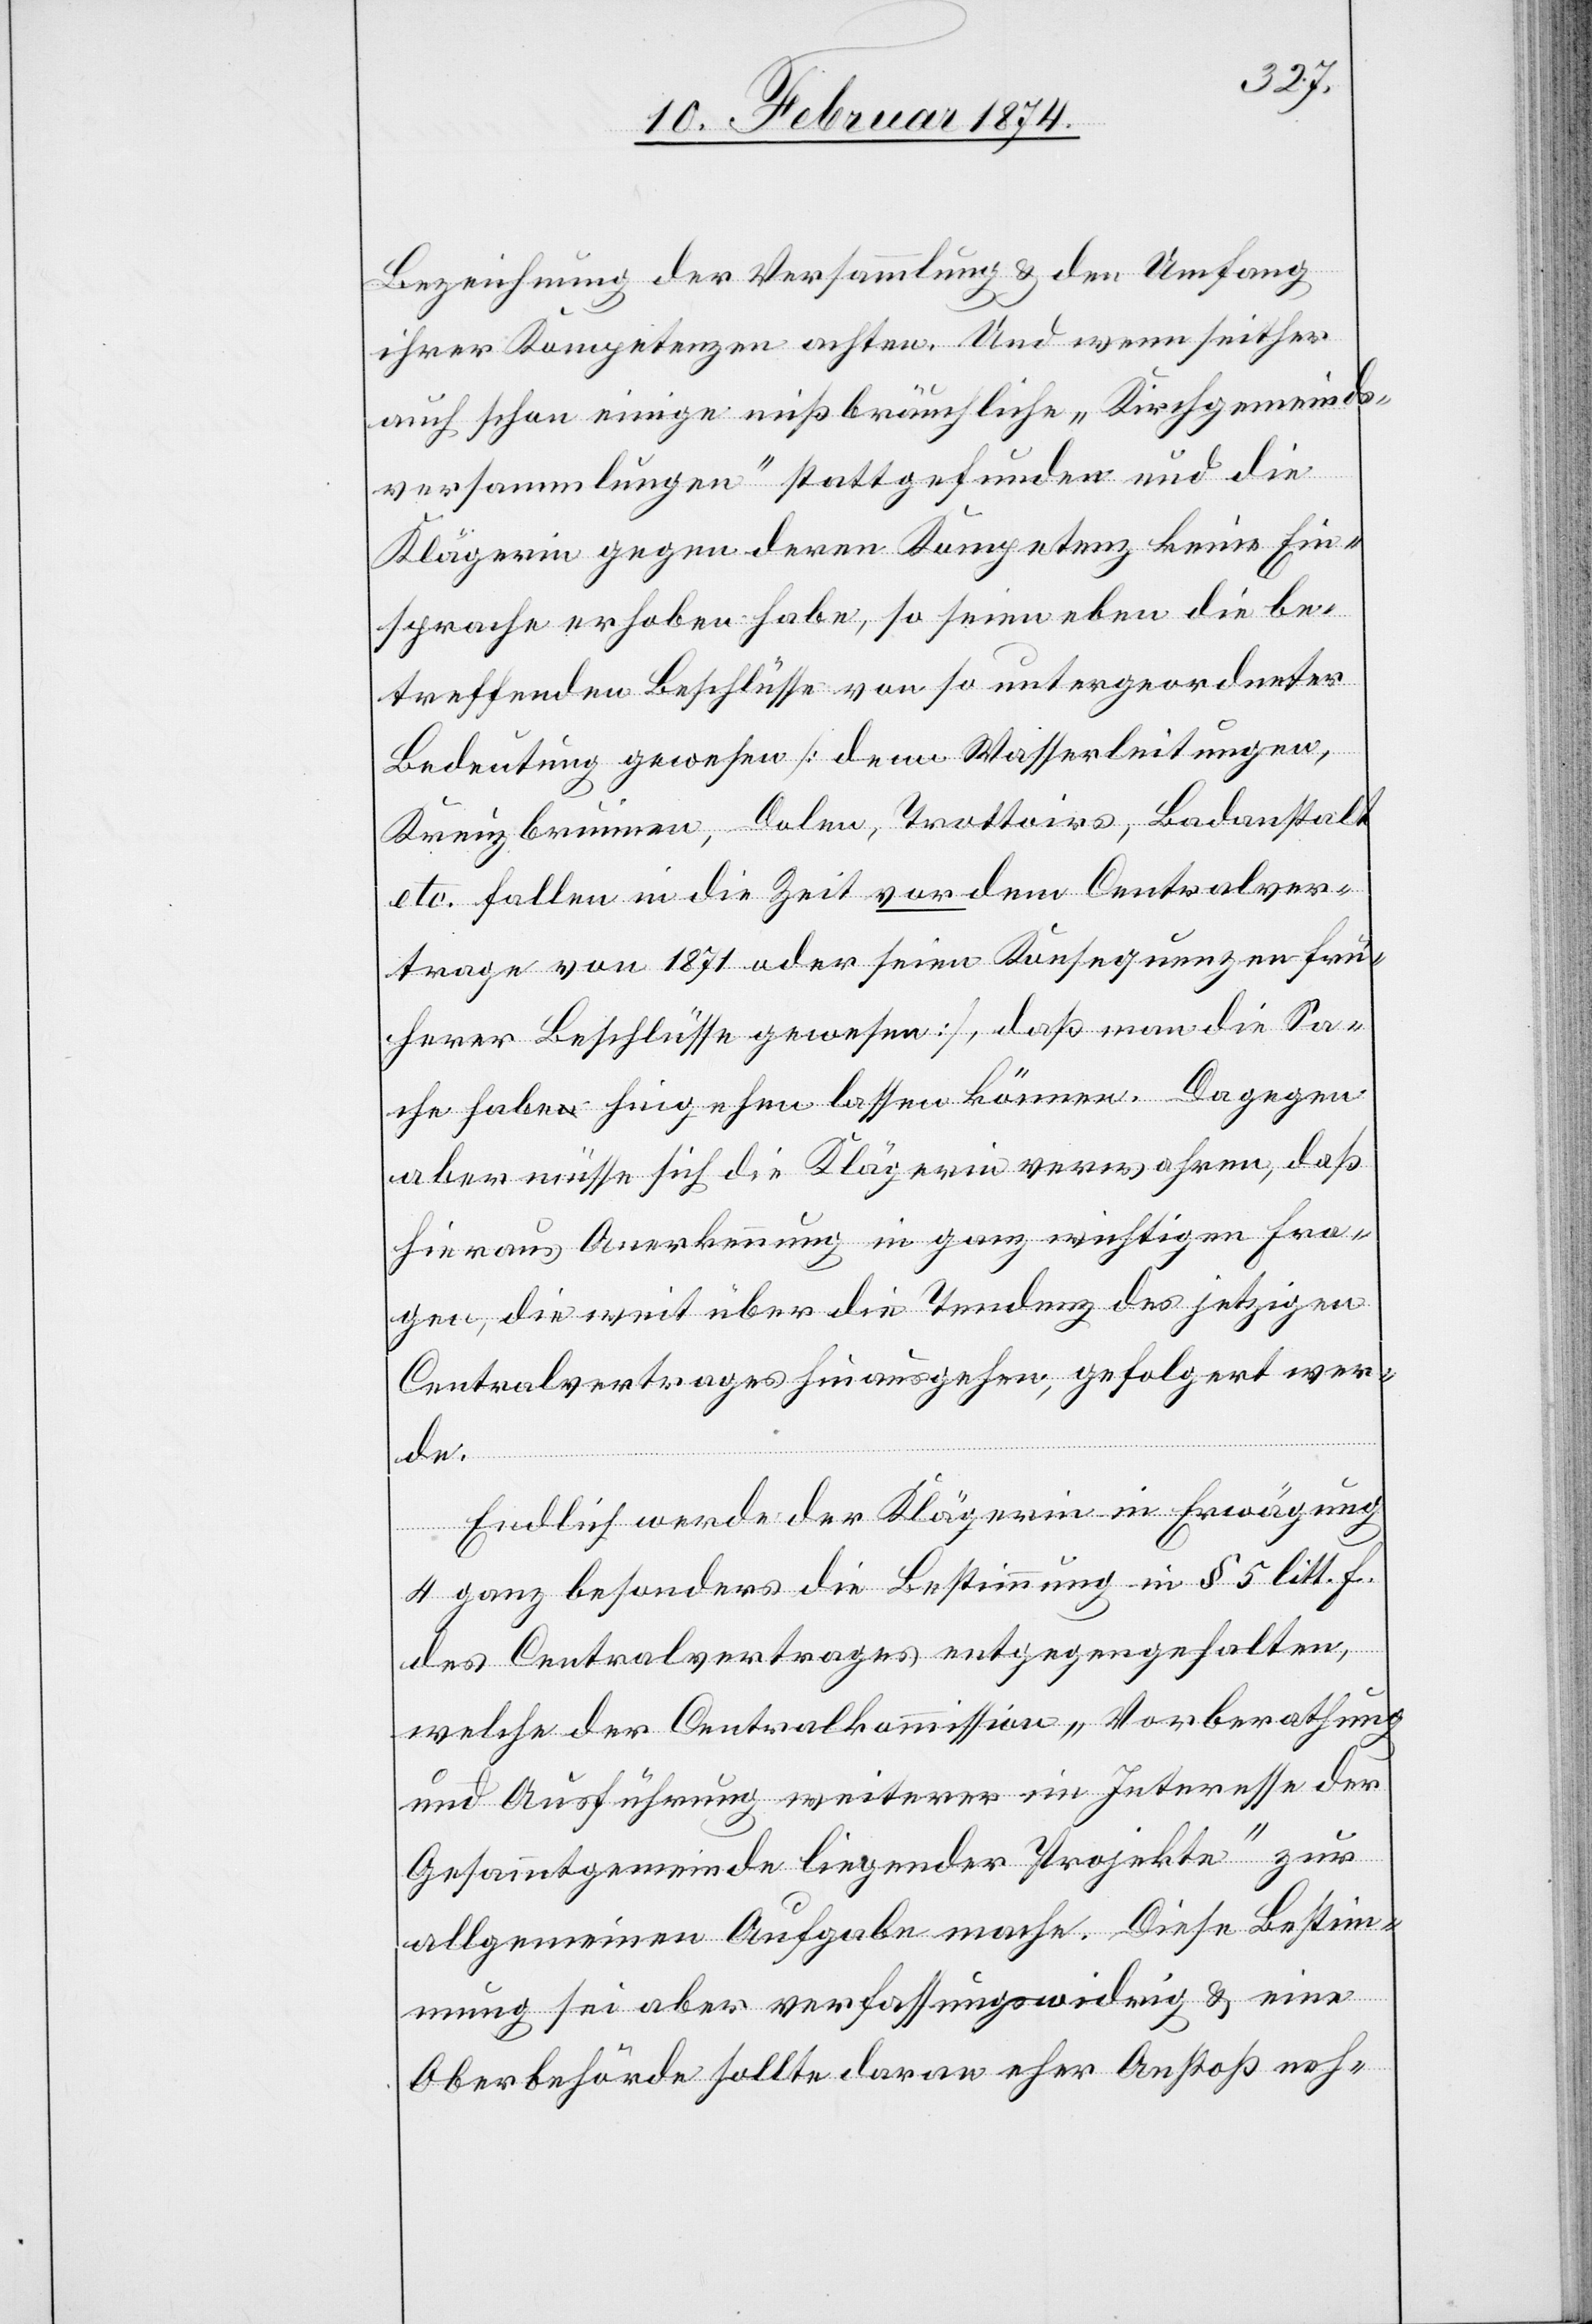
Bezeichnung der Versammlung u. den Umfang
ihrer Kompetenzen achten. Und wenn seither
auch schon einige mißbräuchliche „Kirchgemeinds¬
versammlungen“ stattgefunden und die
Klägerin gegen deren Kompetenz keine Ein¬
sprache erhoben habe, so seien eben die be¬
treffenden Beschlüsse von so untergeordneter
Bedeutung gewesen [denn Wasserleitungen,
Kreuzbrunnen, Dolen, Trottoirs, Badanstalt
etc. fallen in die Zeit vor dem Centralver¬
trage von 1871 oder seien Konsequenzen frü¬
herer Beschlüsse gewesen] daß man die Sa¬
che habe hingehen lassen können. Dagegen
aber müsse sich die Klägerin verwahren, daß
hieraus Anerkennung in ganz wichtigen Fra¬
gen, die weit über die Tendenz des jetzigen
Centralvertrages hinausgehen, gefolgert wer¬
de.
Endlich werde der Klägerin in Erwägung
4 ganz besonders die Bestimmung in § 5 litt. F.
des Centralvertrages entgegengehalten,
welche der Centralkommission „Vorberathung
und Ausführung weiterer im Interesse der
Gesammtgemeinde liegender Projekte“ zur
allgemeinen Aufgabe mache. Diese Bestim¬
mung sei aber verfassungswidrig u. eine
Oberbehörde sollte daran eher Anstoß neh-